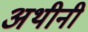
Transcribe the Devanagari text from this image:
अथीनी